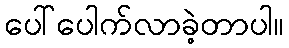
ပေါ်ပေါက်လာခဲ့တာပါ။